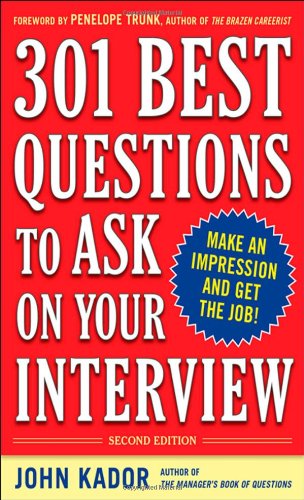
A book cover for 301 Best Questions to Ask on Your Interview, Second Edition; John Kador; Business & Money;